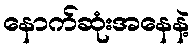
နောက်ဆုံးအနေနဲ့